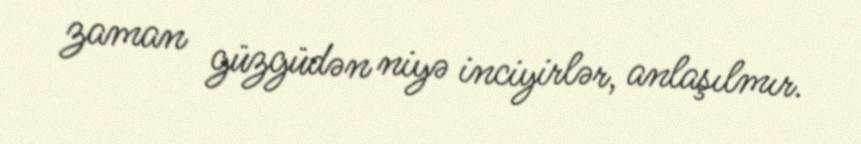
zaman güzgüdən niyə inciyirlər, anlaşılmır.